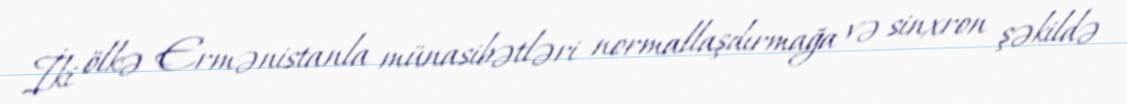
İki ölkə Ermənistanla münasibətləri normallaşdırmağa və sinxron şəkildə